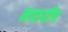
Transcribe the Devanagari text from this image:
मारुतीच